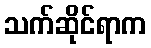
သက်ဆိုင်ရာက